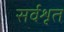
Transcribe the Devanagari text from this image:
सर्वशृत